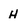
Character: H